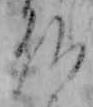
仏